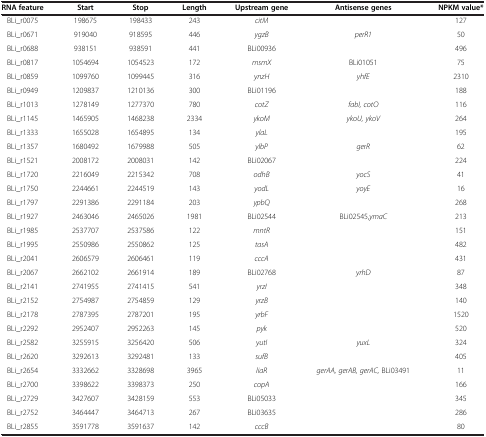
<table><thead><tr><td><b>RNA feature</b></td><td><b>Start</b></td><td><b>Stop</b></td><td><b>Length</b></td><td><b>Upstream gene</b></td><td><b>Antisense genes</b></td><td><b>NPKM value*</b></td></tr></thead><tbody><tr><td>BLi_r0075</td><td>198675</td><td>198433</td><td>243</td><td><i>citM</i></td><td> </td><td>127</td></tr><tr><td>BLi_r0671</td><td>919040</td><td>918595</td><td>446</td><td><i>ygzB</i></td><td><i>perR1</i></td><td>50</td></tr><tr><td>BLi_r0688</td><td>938151</td><td>938591</td><td>441</td><td>BLi00936</td><td> </td><td>496</td></tr><tr><td>BLi_r0817</td><td>1054694</td><td>1054523</td><td>172</td><td><i>msmX</i></td><td>BLi01051</td><td>75</td></tr><tr><td>BLi_r0859</td><td>1099760</td><td>1099445</td><td>316</td><td><i>ynzH</i></td><td><i>yhfE</i></td><td>2310</td></tr><tr><td>BLi_r0949</td><td>1209837</td><td>1210136</td><td>300</td><td>BLi01196</td><td> </td><td>188</td></tr><tr><td>BLi_r1013</td><td>1278149</td><td>1277370</td><td>780</td><td><i>cotZ</i></td><td><i>fabI, cotO</i></td><td>116</td></tr><tr><td>BLi_r1145</td><td>1465905</td><td>1468238</td><td>2334</td><td><i>ykoM</i></td><td><i>ykoU, ykoV</i></td><td>264</td></tr><tr><td>BLi_r1333</td><td>1655028</td><td>1654895</td><td>134</td><td><i>ylaL</i></td><td> </td><td>195</td></tr><tr><td>BLi_r1357</td><td>1680492</td><td>1679988</td><td>505</td><td><i>ylbP</i></td><td><i>gerR</i></td><td>62</td></tr><tr><td>BLi_r1521</td><td>2008172</td><td>2008031</td><td>142</td><td>BLi02067</td><td> </td><td>224</td></tr><tr><td>BLi_r1720</td><td>2216049</td><td>2215342</td><td>708</td><td><i>odhB</i></td><td><i>yocS</i></td><td>41</td></tr><tr><td>BLi_r1750</td><td>2244661</td><td>2244519</td><td>143</td><td><i>yodL</i></td><td><i>yoyE</i></td><td>16</td></tr><tr><td>BLi_r1797</td><td>2291386</td><td>2291184</td><td>203</td><td><i>ypbQ</i></td><td> </td><td>268</td></tr><tr><td>BLi_r1927</td><td>2463046</td><td>2465026</td><td>1981</td><td>BLi02544</td><td>BLi02545,<i>ymaC</i></td><td>213</td></tr><tr><td>BLi_r1985</td><td>2537707</td><td>2537586</td><td>122</td><td><i>mntR</i></td><td> </td><td>151</td></tr><tr><td>BLi_r1995</td><td>2550986</td><td>2550862</td><td>125</td><td><i>tasA</i></td><td> </td><td>482</td></tr><tr><td>BLi_r2041</td><td>2606579</td><td>2606461</td><td>119</td><td><i>cccA</i></td><td> </td><td>431</td></tr><tr><td>BLi_r2067</td><td>2662102</td><td>2661914</td><td>189</td><td>BLi02768</td><td><i>yrhD</i></td><td>87</td></tr><tr><td>BLi_r2141</td><td>2741955</td><td>2741415</td><td>541</td><td><i>yrzI</i></td><td> </td><td>348</td></tr><tr><td>BLi_r2152</td><td>2754987</td><td>2754859</td><td>129</td><td><i>yrzB</i></td><td> </td><td>140</td></tr><tr><td>BLi_r2178</td><td>2787395</td><td>2787201</td><td>195</td><td><i>yrbF</i></td><td> </td><td>1520</td></tr><tr><td>BLi_r2292</td><td>2952407</td><td>2952263</td><td>145</td><td><i>pyk</i></td><td> </td><td>520</td></tr><tr><td>BLi_r2582</td><td>3255915</td><td>3256420</td><td>506</td><td><i>yutI</i></td><td><i>yuxL</i></td><td>324</td></tr><tr><td>BLi_r2620</td><td>3292613</td><td>3292481</td><td>133</td><td><i>sufB</i></td><td> </td><td>405</td></tr><tr><td>BLi_r2654</td><td>3332662</td><td>3328698</td><td>3965</td><td><i>liaR</i></td><td><i>gerAA, gerAB, gerAC,</i> BLi03491</td><td>11</td></tr><tr><td>BLi_r2700</td><td>3398622</td><td>3398373</td><td>250</td><td><i>copA</i></td><td> </td><td>166</td></tr><tr><td>BLi_r2729</td><td>3427607</td><td>3428159</td><td>553</td><td>BLi05033</td><td> </td><td>345</td></tr><tr><td>BLi_r2752</td><td>3464447</td><td>3464713</td><td>267</td><td>BLi03635</td><td> </td><td>286</td></tr><tr><td>BLi_r2855</td><td>3591778</td><td>3591637</td><td>142</td><td><i>cccB</i></td><td> </td><td>80</td></tr></tbody></table>